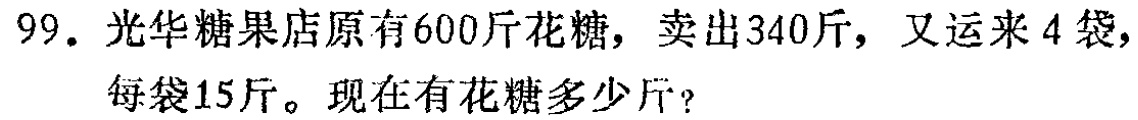
99. 光华糖果店原有600斤花糖，卖出340斤，又运来4袋，每袋15斤。现在有花糖多少斤？